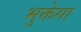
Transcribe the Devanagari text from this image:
भुक्तेगा